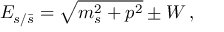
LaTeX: E _ { s / \bar { s } } = \sqrt { m _ { s } ^ { 2 } + p ^ { 2 } } \pm W \, ,